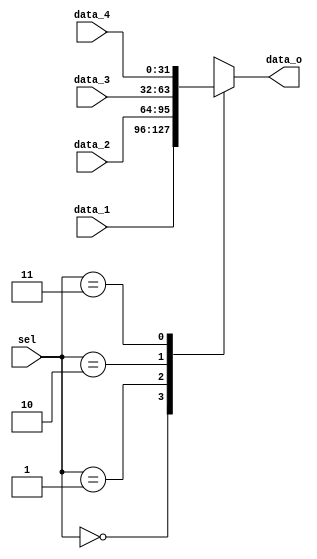
module Multiplexer4Way #(parameter width=32) (
	input		[width-1:0]	data_1, data_2, data_3, data_4,
	input 		[1:0]		sel,
	output reg 	[width-1:0]	data_o
);
	
	always @ (*)
	begin
		case (sel)
			2'b00	:	data_o <= data_1;
			2'b01	:	data_o <= data_2;
			2'b10	:	data_o <= data_3;
			2'b11	:	data_o <= data_4;
		endcase
	end

endmodule